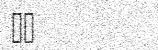
٣٣